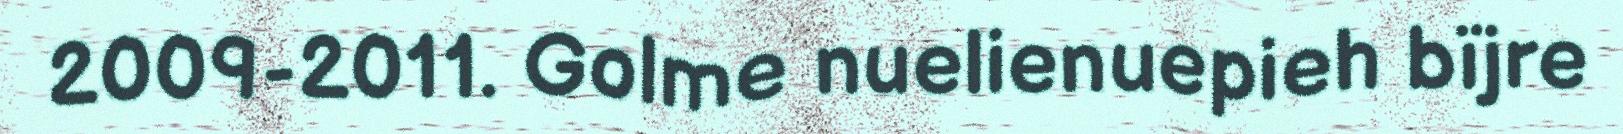
2009-2011. Golme nuelienuepieh bïjre